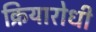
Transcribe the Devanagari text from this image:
क्रियारोधी